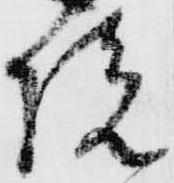
院